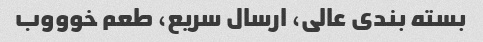
بسته بندی عالی، ارسال سریع، طعم خوووب